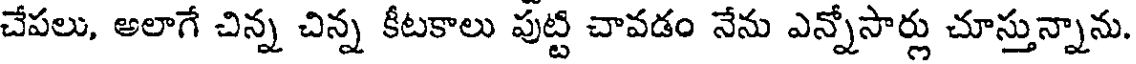
చేపలు, అలాగే చిన్న చిన్న కీటకాలు పుట్టి చావడం నేను ఎన్నోసార్లు చూస్తున్నాను.